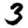
Digit: 3